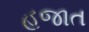
હજાત